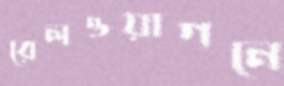
রেলওয়াগনে